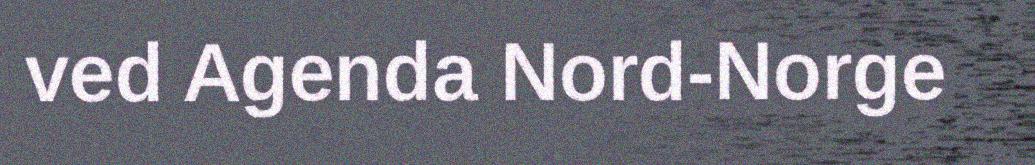
ved Agenda Nord-Norge